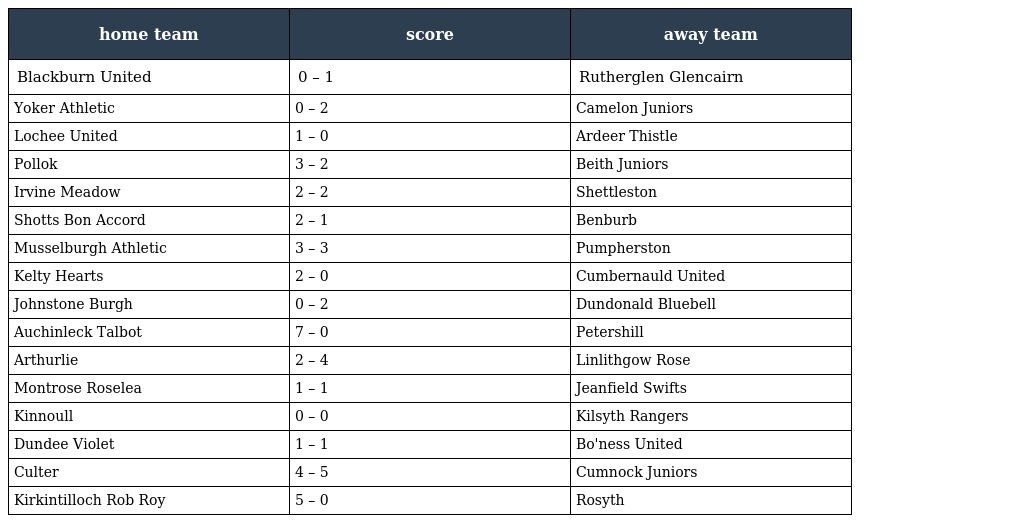
| home team | score | away team |
 | --- | --- | --- |
 | Blackburn United | 0 – 1 | Rutherglen Glencairn |
 | Yoker Athletic | 0 – 2 | Camelon Juniors |
 | Lochee United | 1 – 0 | Ardeer Thistle |
 | Pollok | 3 – 2 | Beith Juniors |
 | Irvine Meadow | 2 – 2 | Shettleston |
 | Shotts Bon Accord | 2 – 1 | Benburb |
 | Musselburgh Athletic | 3 – 3 | Pumpherston |
 | Kelty Hearts | 2 – 0 | Cumbernauld United |
 | Johnstone Burgh | 0 – 2 | Dundonald Bluebell |
 | Auchinleck Talbot | 7 – 0 | Petershill |
 | Arthurlie | 2 – 4 | Linlithgow Rose |
 | Montrose Roselea | 1 – 1 | Jeanfield Swifts |
 | Kinnoull | 0 – 0 | Kilsyth Rangers |
 | Dundee Violet | 1 – 1 | Bo'ness United |
 | Culter | 4 – 5 | Cumnock Juniors |
 | Kirkintilloch Rob Roy | 5 – 0 | Rosyth |